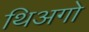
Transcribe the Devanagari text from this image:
थिअगो